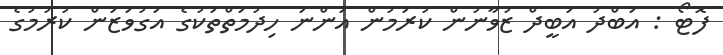
ފޮޓޯ : އަބްދު އަބީދް ޒުވާނުން ކުރަމުން އަންނަ ހިދުމަތްތަކުގެ އަގުވަޒަން ކުރުމުގެ